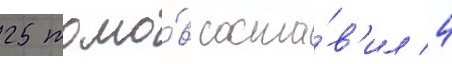
25 томо́в соста́в'ил 4